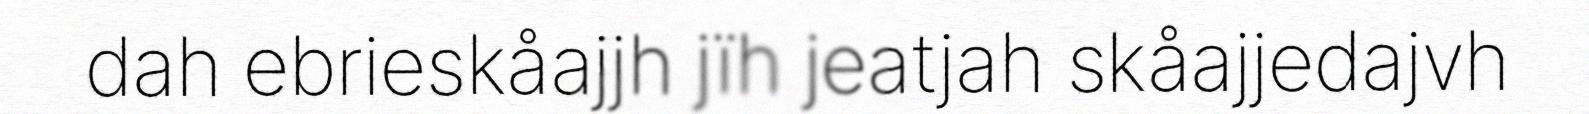
dah ebrieskåajjh jïh jeatjah skåajjedajvh